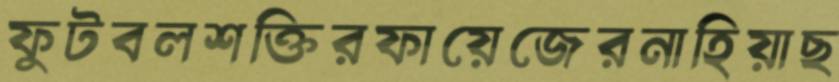
ফুটবলশক্তিরফায়েজেরনাহিয়াছ